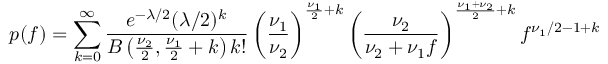
p ( f ) = \sum _ { k = 0 } ^ { \infty } { \frac { e ^ { - \lambda / 2 } ( \lambda / 2 ) ^ { k } } { B \left( { \frac { \nu _ { 2 } } { 2 } } , { \frac { \nu _ { 1 } } { 2 } } + k \right) k ! } } \left( { \frac { \nu _ { 1 } } { \nu _ { 2 } } } \right) ^ { { \frac { \nu _ { 1 } } { 2 } } + k } \left( { \frac { \nu _ { 2 } } { \nu _ { 2 } + \nu _ { 1 } f } } \right) ^ { { \frac { \nu _ { 1 } + \nu _ { 2 } } { 2 } } + k } f ^ { \nu _ { 1 } / 2 - 1 + k }